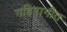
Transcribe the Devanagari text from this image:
गहिरागीत